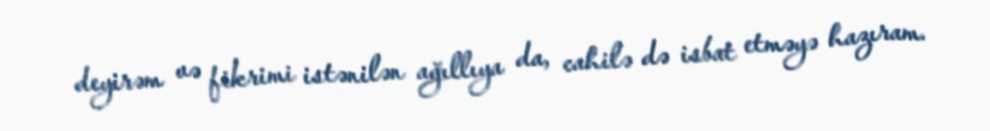
deyirəm və fikrimi istənilən ağıllıya da, cahilə də isbat etməyə hazıram.